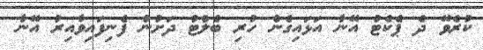
ކުރެވޭ ދެ ޕެކެޓު އޭނާ އަޅައިގެން ހުރި ބެލްޓު ދަށުން ފެނިފައިވާއިރު އޭނާ